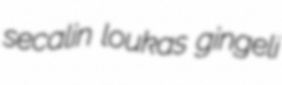
secalin loukas gingeli